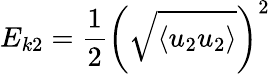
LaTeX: E_{k2}=\frac{1}{2}\left(\sqrt{\left\langle u_{2}u_{2}\right\rangle}\right)^{2}